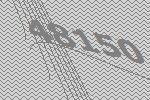
48150